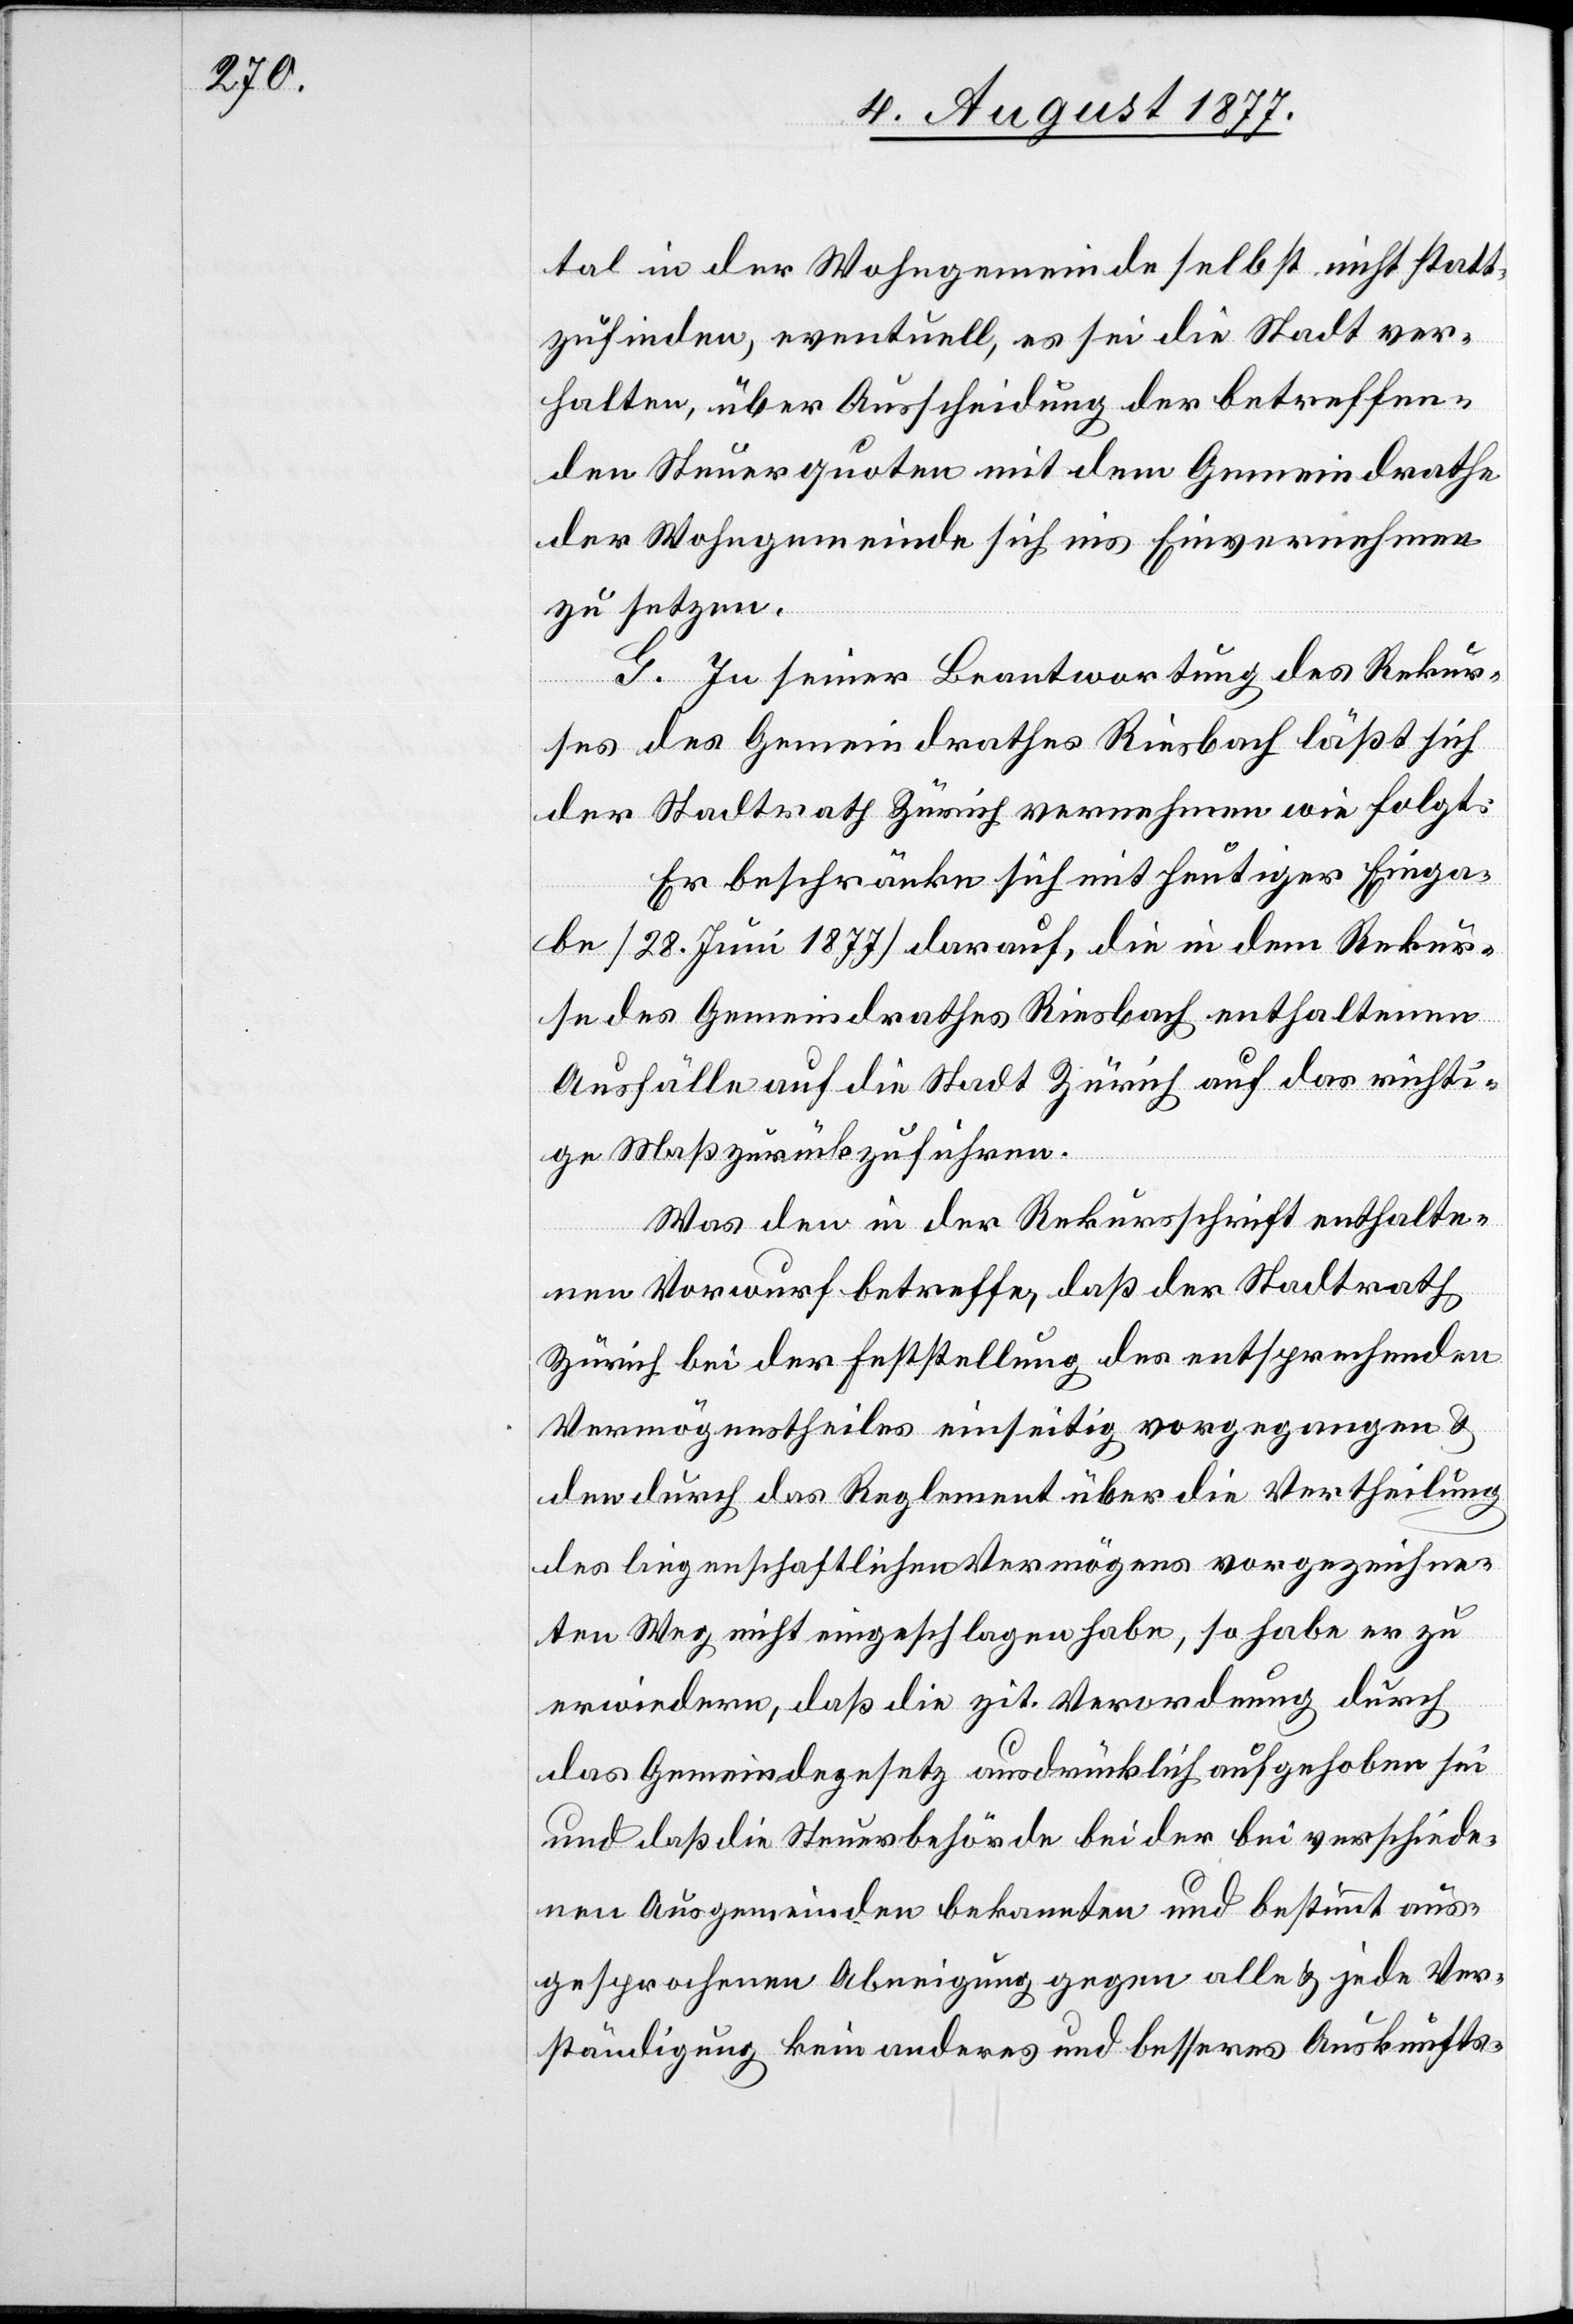
tal in der Wohngemeinde selbst nicht statt¬
zufinden, eventuell, es sei die Stadt ver¬
halten, über Ausscheidung der betreffen¬
den Steuerquoten mit dem Gemeindrathe
der Wohngemeinde sich ins Einvernehmen
zu setzen.
G. In seiner Beantwortung des Rekur¬
ses des Gemeindrathes Riesbach läßt sich
der Stadtrath Zürich vernehmen wie folgt:
Er beschränke sich mit heutiger Einga¬
be [28. Juni 1877] darauf, die in dem Rekur¬
se des Gemeindrathes Riesbach enthaltenen
Ausfälle auf die Stadt Zürich auf das richti¬
ge Maß zurückzuführen.
Was den in der Rekursschrift enthalte¬
nen Vorwurf betreffe, daß der Stadtrath
Zürich bei der Feststellung des entsprechenden
Vermögenstheiles einseitig vorgegangen &
den durch das Reglement über die Vertheilung
des liegenschaftlichen Vermögens vorgezeichne¬
ten Weg nicht eingeschlagen habe, so habe er zu
erwiedern, daß die zit. Verordnung durch
das Gemeindegesetz ausdrücklich aufgehoben sei
und daß die Steuerbehörde bei der bei verschiede¬
nen Ausgemeinden bekannten und bestimmt aus¬
gesprochenen Abneigung gegen alle & jede Ver¬
ständigung kein anderes und besseres Auskunfts-